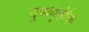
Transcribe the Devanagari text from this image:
दुष्प्रवृत्तींचा